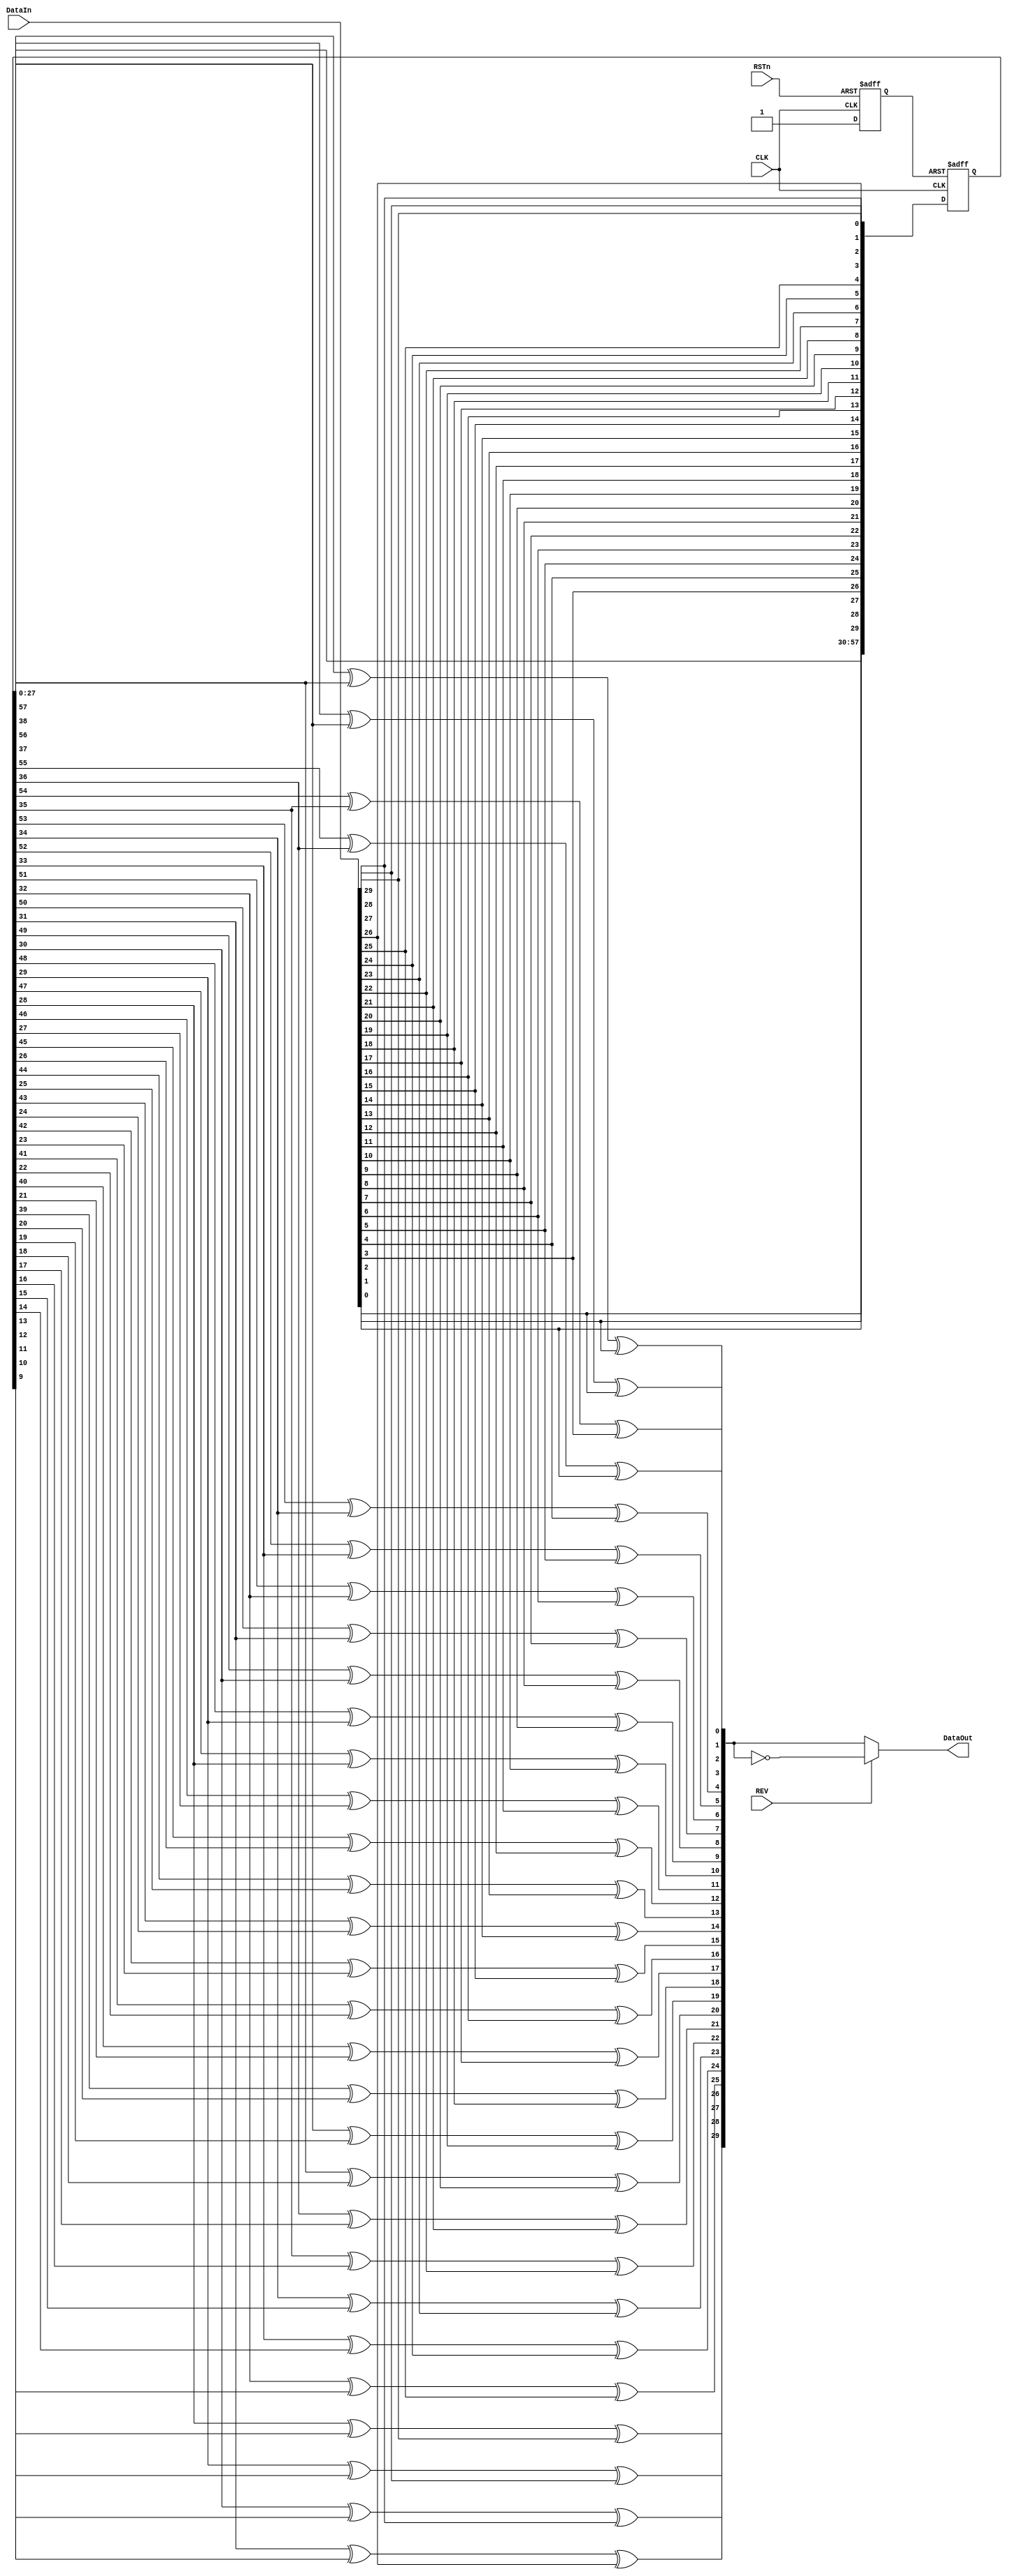
//////////////////////////////////////////////////////////////////////////////////
// Org:		FNAL&SMU
// 
// Design Name:    ETROC1 
// Module Name:    SCR30b
// Project Name: 
// Description: a parallel scrambler for 30-bit data, G=X^58+X^39+1
//
// Dependencies: 
//
// Revision: 
//
//
//////////////////////////////////////////////////////////////////////////////////
`timescale 1ps/1fs

module DESCR30b(
	CLK,
	RSTn,
	DataIn,
	REV,
	DataOut
);

input CLK;
input RSTn;
input [29:0] DataIn;
input REV;	//reverse output data in bit-wise
output [29:0] DataOut;

reg [57:0] S_reg;
wire [57:0] S_wire;
reg rst_int;
wire [57:0] B;

assign DataOut = REV?~B:B;


assign B[0] = S_reg[57]^S_reg[38]^DataIn[0];
assign B[1] = S_reg[56]^S_reg[37]^DataIn[1];
assign B[2] = S_reg[55]^S_reg[36]^DataIn[2];
assign B[3] = S_reg[54]^S_reg[35]^DataIn[3];
assign B[4] = S_reg[53]^S_reg[34]^DataIn[4];
assign B[5] = S_reg[52]^S_reg[33]^DataIn[5];
assign B[6] = S_reg[51]^S_reg[32]^DataIn[6];
assign B[7] = S_reg[50]^S_reg[31]^DataIn[7];
assign B[8] = S_reg[49]^S_reg[30]^DataIn[8];
assign B[9] = S_reg[48]^S_reg[29]^DataIn[9];
assign B[10] = S_reg[47]^S_reg[28]^DataIn[10];
assign B[11] = S_reg[46]^S_reg[27]^DataIn[11];
assign B[12] = S_reg[45]^S_reg[26]^DataIn[12];
assign B[13] = S_reg[44]^S_reg[25]^DataIn[13];
assign B[14] = S_reg[43]^S_reg[24]^DataIn[14];
assign B[15] = S_reg[42]^S_reg[23]^DataIn[15];
assign B[16] = S_reg[41]^S_reg[22]^DataIn[16];
assign B[17] = S_reg[40]^S_reg[21]^DataIn[17];
assign B[18] = S_reg[39]^S_reg[20]^DataIn[18];
assign B[19] = S_reg[38]^S_reg[19]^DataIn[19];
assign B[20] = S_reg[37]^S_reg[18]^DataIn[20];
assign B[21] = S_reg[36]^S_reg[17]^DataIn[21];
assign B[22] = S_reg[35]^S_reg[16]^DataIn[22];
assign B[23] = S_reg[34]^S_reg[15]^DataIn[23];
assign B[24] = S_reg[33]^S_reg[14]^DataIn[24];
assign B[25] = S_reg[32]^S_reg[13]^DataIn[25];
assign B[26] = S_reg[31]^S_reg[12]^DataIn[26];
assign B[27] = S_reg[30]^S_reg[11]^DataIn[27];
assign B[28] = S_reg[29]^S_reg[10]^DataIn[28];
assign B[29] = S_reg[28]^S_reg[9]^DataIn[29];

assign S_wire[0] =  DataIn[29];
assign S_wire[1] =  DataIn[28];
assign S_wire[2] =  DataIn[27];
assign S_wire[3] =  DataIn[26];
assign S_wire[4] =  DataIn[25];
assign S_wire[5] =  DataIn[24];
assign S_wire[6] =  DataIn[23];
assign S_wire[7] =  DataIn[22];
assign S_wire[8] =  DataIn[21];
assign S_wire[9] =  DataIn[20];
assign S_wire[10] =  DataIn[19];
assign S_wire[11] =  DataIn[18];
assign S_wire[12] =  DataIn[17];
assign S_wire[13] =  DataIn[16];
assign S_wire[14] =  DataIn[15];
assign S_wire[15] =  DataIn[14];
assign S_wire[16] =  DataIn[13];
assign S_wire[17] =  DataIn[12];
assign S_wire[18] =  DataIn[11];
assign S_wire[19] =  DataIn[10];
assign S_wire[20] =  DataIn[9];
assign S_wire[21] =  DataIn[8];
assign S_wire[22] =  DataIn[7];
assign S_wire[23] =  DataIn[6];
assign S_wire[24] =  DataIn[5];
assign S_wire[25] =  DataIn[4];
assign S_wire[26] =  DataIn[3];
assign S_wire[27] =  DataIn[2];
assign S_wire[28] =  DataIn[1];
assign S_wire[29] =  DataIn[0];
assign S_wire[30] =  S_reg[0];
assign S_wire[31] =  S_reg[1];
assign S_wire[32] =  S_reg[2];
assign S_wire[33] =  S_reg[3];
assign S_wire[34] =  S_reg[4];
assign S_wire[35] =  S_reg[5];
assign S_wire[36] =  S_reg[6];
assign S_wire[37] =  S_reg[7];
assign S_wire[38] =  S_reg[8];
assign S_wire[39] =  S_reg[9];
assign S_wire[40] =  S_reg[10];
assign S_wire[41] =  S_reg[11];
assign S_wire[42] =  S_reg[12];
assign S_wire[43] =  S_reg[13];
assign S_wire[44] =  S_reg[14];
assign S_wire[45] =  S_reg[15];
assign S_wire[46] =  S_reg[16];
assign S_wire[47] =  S_reg[17];
assign S_wire[48] =  S_reg[18];
assign S_wire[49] =  S_reg[19];
assign S_wire[50] =  S_reg[20];
assign S_wire[51] =  S_reg[21];
assign S_wire[52] =  S_reg[22];
assign S_wire[53] =  S_reg[23];
assign S_wire[54] =  S_reg[24];
assign S_wire[55] =  S_reg[25];
assign S_wire[56] =  S_reg[26];
assign S_wire[57] =  S_reg[27];

always@(negedge RSTn or posedge CLK) begin
if(!RSTn)
	rst_int <= 0;
else
	rst_int <= 1;
end

always@(negedge rst_int or posedge CLK) begin
if(!rst_int)		
	S_reg[57:0] <= 58'b0101010101010101010101011101010101010101010101010101010101;
else begin
S_reg[57:0] <= S_wire[57:0];
end

end


endmodule